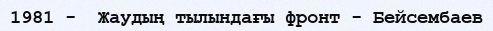
1981 -  Жаудың тылындағы фронт - Бейсембаев